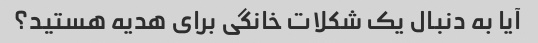
آیا به دنبال یک شکلات خانگی برای هدیه هستید؟